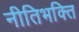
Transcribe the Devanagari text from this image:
नीतिभक्ति